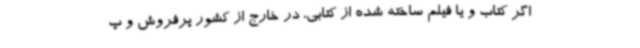
اگر کتاب و یا فیلم ساخته شده از کتابی، در خارج از کشور پرفروش و پ